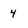
Character: 4